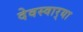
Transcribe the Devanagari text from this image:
देवस्वार्‍या